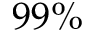
9 9 \%